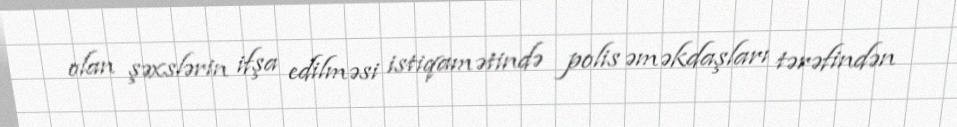
olan şəxslərin ifşa edilməsi istiqamətində polis əməkdaşları tərəfindən